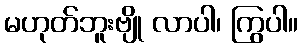
မဟုတ်ဘူးဗျို လာပါ၊ ကြွပါ။